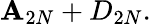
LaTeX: \mathbf{A}_{2N}+D_{2N}.